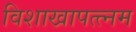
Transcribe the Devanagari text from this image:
विशाखापत्त्नम